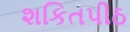
શકિતપીઠ